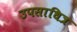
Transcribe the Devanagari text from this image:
उपसाधित्र